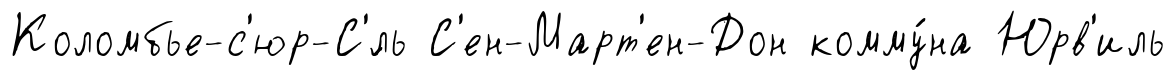
Коломбье-с'юр-С'́ль С'ен-Март'ен-Дон комму́на Юрв'иль